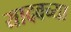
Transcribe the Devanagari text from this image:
यादवच्या